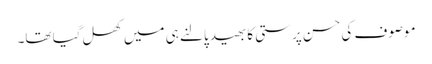
موصوف کی حسن پرستی کا بھید پالنے ہی میں کھل گیا تھا۔